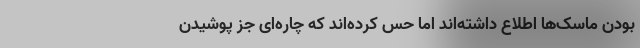
بودن ماسک‌ها اطلاع داشته‌اند اما حس کرده‌اند که چاره‌ای جز پوشیدن